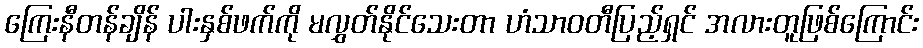
ကြေးနီတန်ချိန် ပါးနှစ်ဖက်ကို မလွှတ်နိုင်သေးတာ ဟံသာဝတီပြည့်ရှင် အလားတူဖြစ်ကြောင်း